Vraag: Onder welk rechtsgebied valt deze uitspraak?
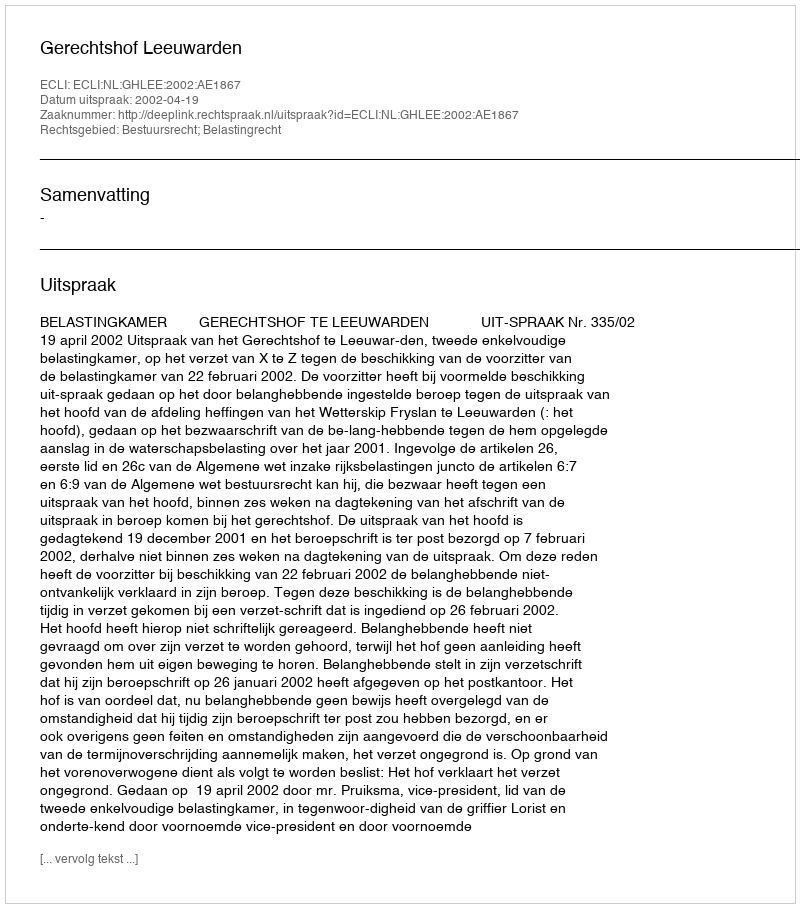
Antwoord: Bestuursrecht; Belastingrecht